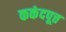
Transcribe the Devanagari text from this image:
ककंदपूत्त